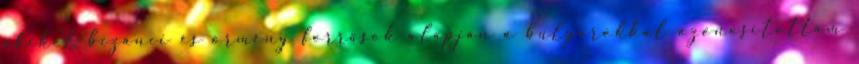
akiket bizánci és örmény források alapján a bulgárokkal azonosítottam